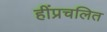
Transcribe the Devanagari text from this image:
हींप्रचलित